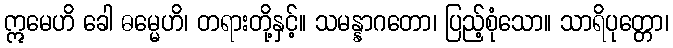
ဣမေဟိ ခေါ ဓမ္မေဟိ၊ တရားတို့နှင့်။ သမန္နာဂတော၊ ပြည့်စုံသော။ သာရိပုတ္တော၊